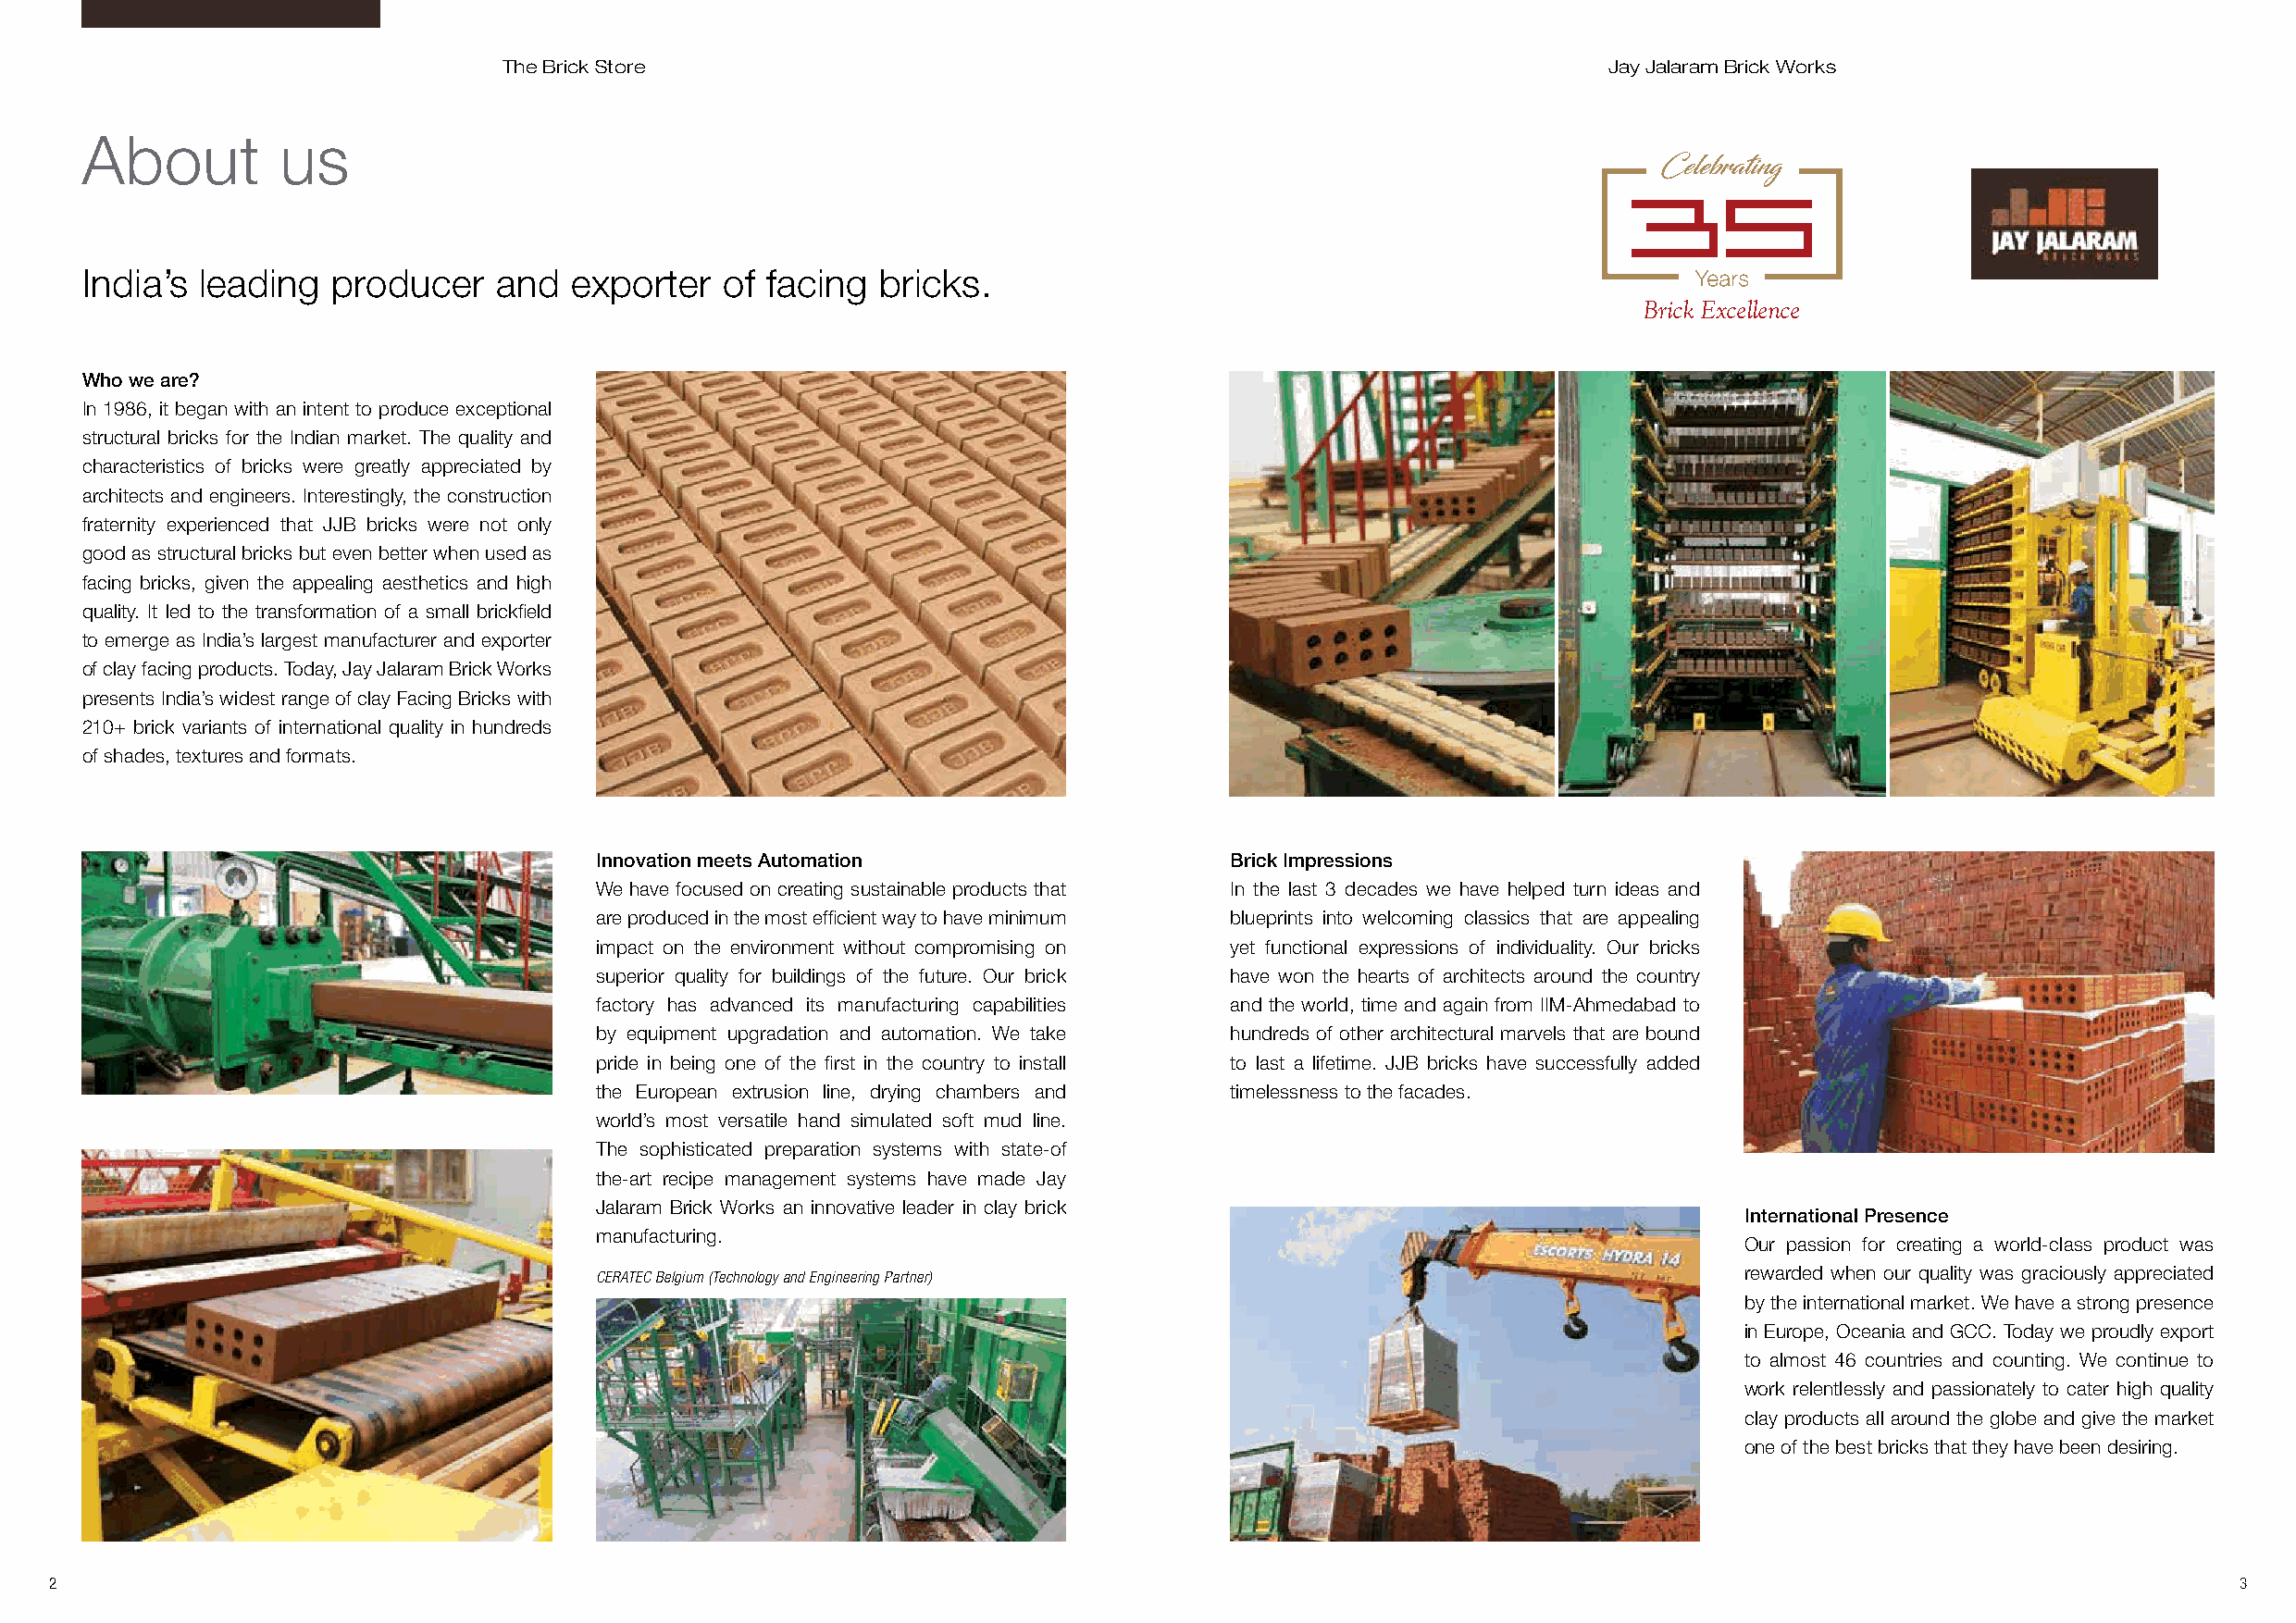
The Brick Store                                                                Jay Jalaram Brick Works
 About         us
 India’s leading   producer   and   exporter   of facing  bricks.
 Brick Excellence
 Who we are?
 In 1986, it began with an intent to produce exceptional
 structural bricks for the Indian market. The quality and
 characteristics of bricks were greatly appreciated by
 architects and engineers. Interestingly, the construction
 fraternity experienced that JJB bricks were not only
 good as structural bricks but even better when used as
 facing bricks, given the appealing aesthetics and high
 quality. It led to the transformation of a small brickfield
 to emerge as India’s largest manufacturer and exporter
 of clay facing products. Today, Jay Jalaram Brick Works
 presents India’s widest range of clay Facing Bricks with
 210+ brick variants of international quality in hundreds
 of shades, textures and formats.
 Innovation meets Automation                  Brick Impressions
 We have focused on creating sustainable products that In the last 3 decades we have helped turn ideas and
 are produced in the most efficient way to have minimum blueprints into welcoming classics that are appealing
 impact on the environment without compromising on yet functional expressions of individuality. Our bricks
 superior quality for buildings of the future. Our brick have won the hearts of architects around the country
 factory has advanced its manufacturing capabilities and the world, time and again from IIM-Ahmedabad to
 by equipment upgradation and automation. We take hundreds of other architectural marvels that are bound
 pride in being one of the first in the country to install to last a lifetime. JJB bricks have successfully added
 the European extrusion line, drying chambers and timelessness to the facades.
 world’s most versatile hand simulated soft mud line.
 The sophisticated preparation systems with state-of
 the-art recipe management systems have made Jay
 Jalaram Brick Works an innovative leader in clay brick
 International Presence
 manufacturing.
 Our passion for creating a world-class product was
 CERATEC Belgium (Technology and Engineering Partner)                              rewarded when our quality was graciously appreciated
 by the international market. We have a strong presence
 in Europe, Oceania and GCC. Today we proudly export
 to almost 46 countries and counting. We continue to
 work relentlessly and passionately to cater high quality
 clay products all around the globe and give the market
 one of the best bricks that they have been desiring.
 2                                                                                                                                                           3